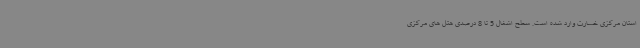
استان مرکزی خسارت وارد شده است. سطح اشغال 5 تا 8 درصدی هتل های مرکزی